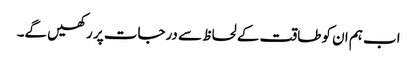
اب ہم ان کو طاقت کے لحاظ سے درجات پر رکھیں گے۔